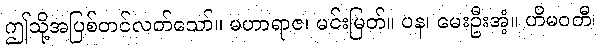
ဤသို့အပြစ်တင်လတ်သော်။ မဟာရာဇ၊ မင်းမြတ်။ ပန၊ မေးဦးအံ့။ ဟိမဝတီ၊